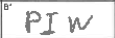
Transcription: PIW